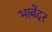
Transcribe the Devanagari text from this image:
भाबेंदर